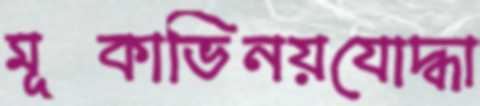
মূকাভিনয়যোদ্ধা